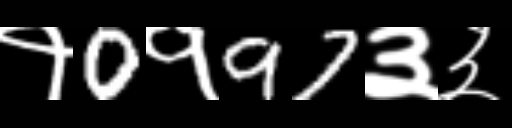
Text: १0१97३३